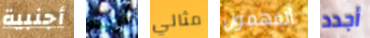
أجنبية أريده مثالي أتفهمون أجدد